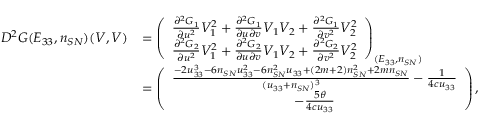
\begin{array} { r l } { D ^ { 2 } G ( E _ { 3 3 } , n _ { S N } ) ( V , V ) } & { = \left( \begin{array} { c } { \frac { { \partial } ^ { 2 } { G } _ { 1 } } { \partial { u } ^ { 2 } } V _ { 1 } ^ { 2 } + \frac { { \partial } ^ { 2 } { G } _ { 1 } } { \partial { u } \partial { v } } V _ { 1 } V _ { 2 } + \frac { { \partial } ^ { 2 } { G } _ { 1 } } { \partial { v } ^ { 2 } } V _ { 2 } ^ { 2 } } \\ { \frac { { \partial } ^ { 2 } { G } _ { 2 } } { \partial { u } ^ { 2 } } V _ { 1 } ^ { 2 } + \frac { { \partial } ^ { 2 } { G } _ { 2 } } { \partial { u } \partial { v } } V _ { 1 } V _ { 2 } + \frac { { \partial } ^ { 2 } { G } _ { 2 } } { \partial { v } ^ { 2 } } V _ { 2 } ^ { 2 } } \end{array} \right) _ { ( E _ { 3 3 } , n _ { S N } ) } } \\ & { = \left( \begin{array} { c } { \frac { - 2 u _ { 3 3 } ^ { 3 } - 6 n _ { S N } u _ { 3 3 } ^ { 2 } - 6 n _ { S N } ^ { 2 } u _ { 3 3 } + ( 2 m + 2 ) n _ { S N } ^ { 2 } + 2 m n _ { S N } } { ( u _ { 3 3 } + n _ { S N } ) ^ { 3 } } - \frac { 1 } { 4 c u _ { 3 3 } } } \\ { - \frac { 5 \theta } { 4 c u _ { 3 3 } } } \end{array} \right) , } \end{array}